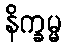
နိက္ခမ္မ